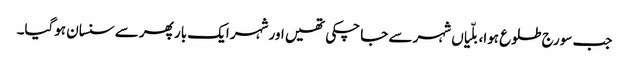
جب سورج طلوع ہوا، بلّیاں شہر سے جا چکی تھیں اور شہر ایک بار پھر سے سنسان ہوگیا۔